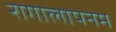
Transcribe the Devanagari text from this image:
रागालापनम